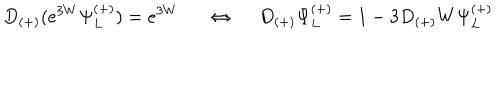
D _ { ( + ) } ( e ^ { 3 W } \Psi _ { L } ^ { ( + ) } ) = e ^ { 3 W } \Leftrightarrow ~ ~ D _ { ( + ) } \Psi _ { L } ^ { ( + ) } = 1 - 3 D _ { ( + ) } W \Psi _ { L } ^ { ( + ) }